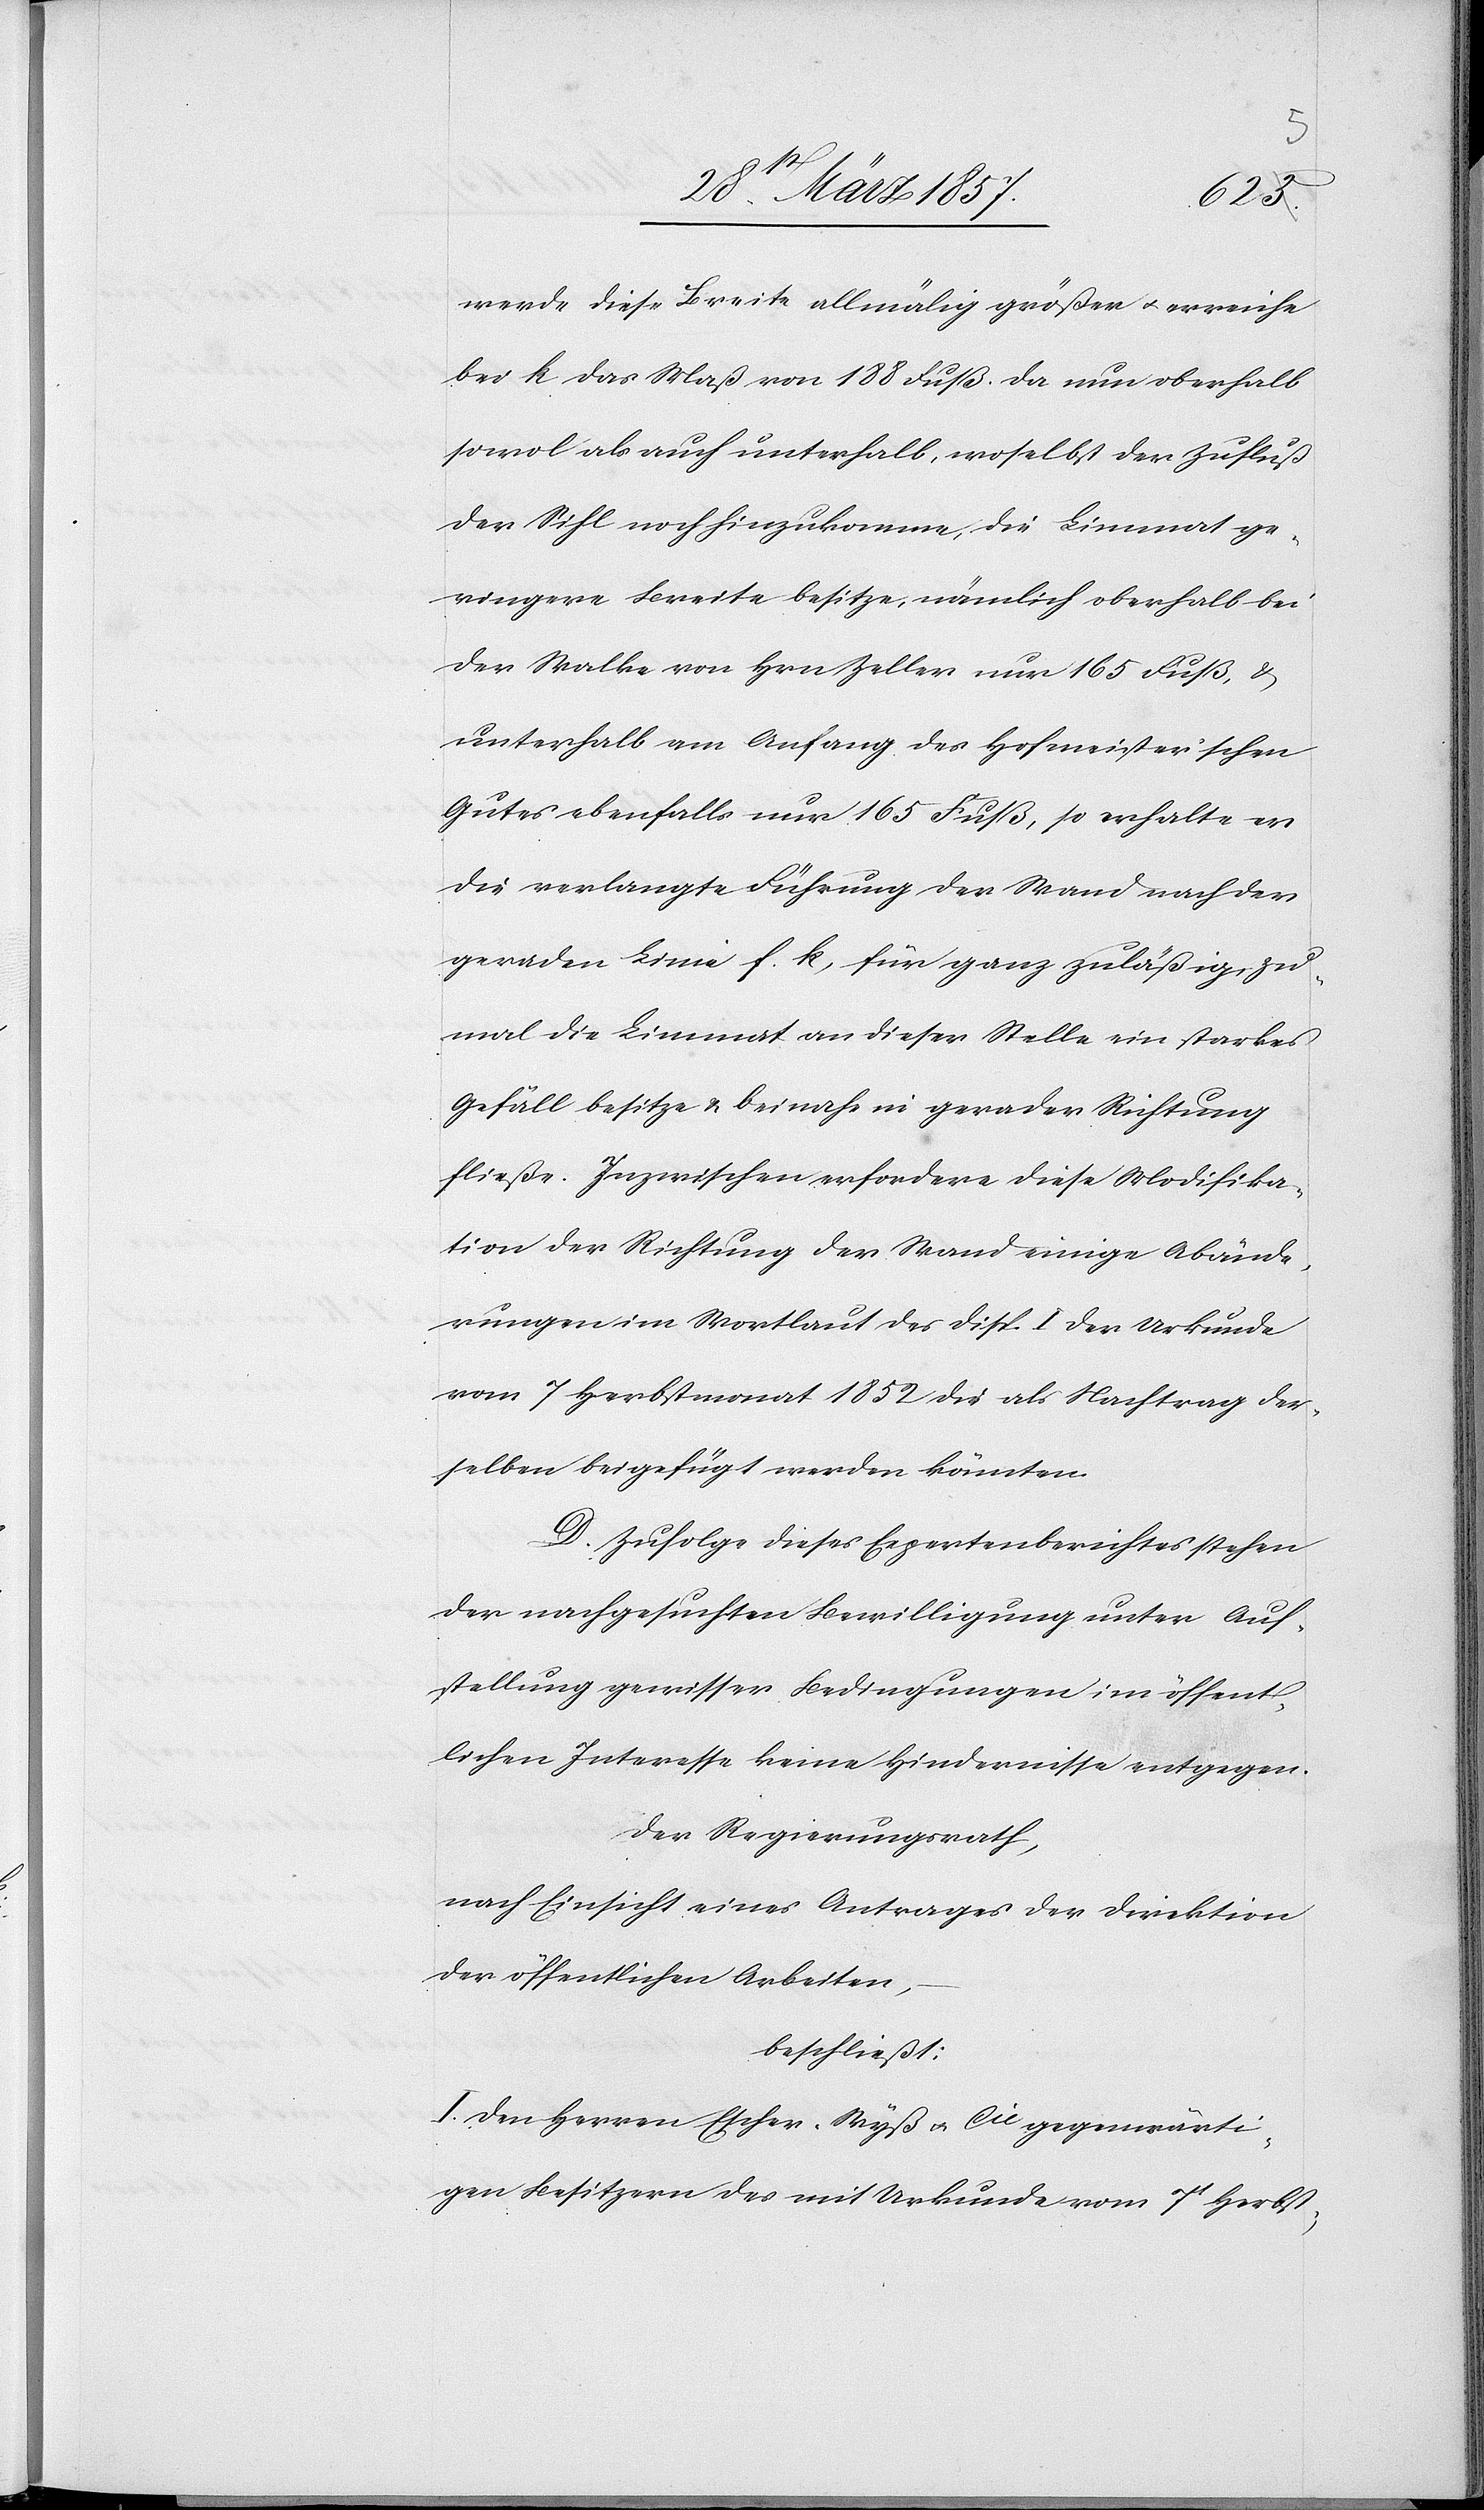
werde diese Breite allmälig größer u. erreiche
bei k das Maß von 188 Fuß. Da nun oberhalb
sowol als auch unterhalb, woselbst der Zufluß
der Sihl noch hinzukomme, die Limmat ge¬
ringere Breite besitze, nämlich oberhalb bei
der Walke von Hrn Zeller nur 165 Fuß, &
unterhalb am Anfang des Hofmeisterischen
Gutes ebenfalls nur 165 Fuß, so erhalte er
die verlangte Führung der Wand nach der
geraden Linie f. k, für ganz zuläßig, zu¬
mal die Limmat an dieser Stelle ein starkes
Gefäll besitze u. beinahe in gerader Richtung
fließe. Inzwischen erfordere diese Modifika¬
tion der Richtung der Wand einige Abände¬
rungen im Wortlaut des Disp. I der Urkunde
vom 7 Herbstmonat 1852 die als Nachtrag der¬
selben beigefügt werden könnten.
D. Zufolge dieses Expertenberichtes stehen
der nachgesuchten Bewilligung unter Auf¬
stellung gewisser Bedingungen im öffent¬
lichen Interesse keine Hindernisse entgegen.
Der Regierungsrath,
nach Einsicht eines Antrages der Direktion
der öffentlichen Arbeiten,
beschließt:
I. Den Herren Escher-Wyß u. Cie gegenwärti¬
gen Besitzern des mit Urkunde vom 7t Herbst-